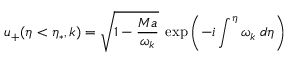
u _ { + } ( \eta < \eta _ { * } , k ) = \sqrt { 1 - \frac { M a } { \omega _ { k } } } \; \exp \left( - i \int ^ { \eta } \omega _ { k } \: d \eta \right)